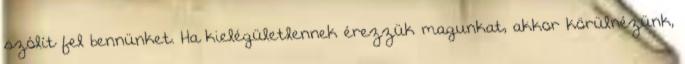
szólít fel bennünket. Ha kielégületlennek érezzük magunkat, akkor körülnézünk,